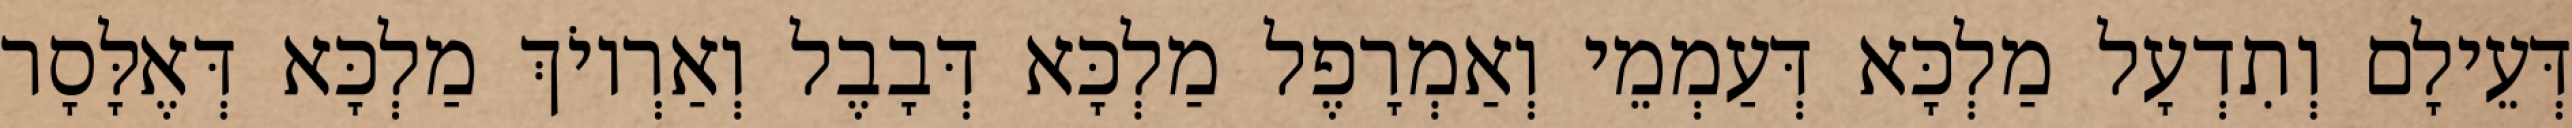
דְּעֵילָם וְתִדְעָל מַלְכָּא דְּעַמְמֵי וְאַמְרָפֶל מַלְכָּא דְּבָבֶל וְאַרְיוֹךְ מַלְכָּא דְּאֶלָּסָר